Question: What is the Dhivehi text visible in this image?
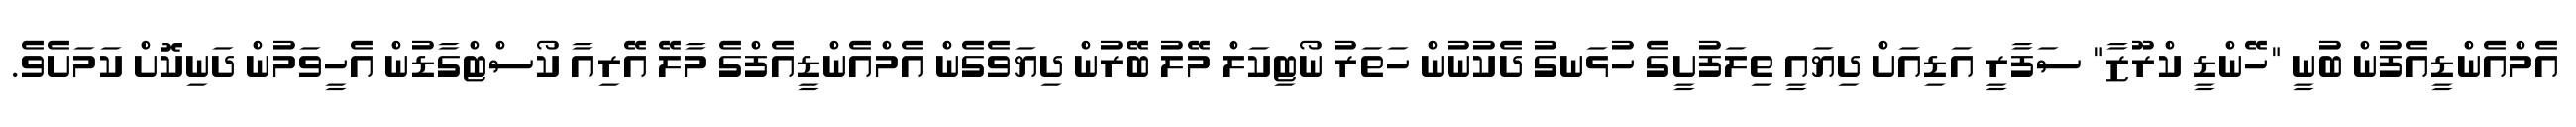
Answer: އެމްއެންޑީއެފުން ބުނީ "ހޭންޑީ ކްރޫޒާ" ސަފާރީ އަޑިއަށް ދިޔައީ ތިލަފުށީގެ ހުޅަނގު ދެކުނުން ހަތަރު ނޯޓިކަލް މޭލު ބޭރުން ދިޔަވެގެން އެމްއެންޑީއެފްގެ މާލޭ އޭރިއާ ކޯސްޓްގާޑުން އެހީވަމުން ދަނިކޮށް ކަމަށެވެ.